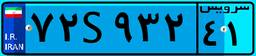
۷۲S۹۳۲۴۱